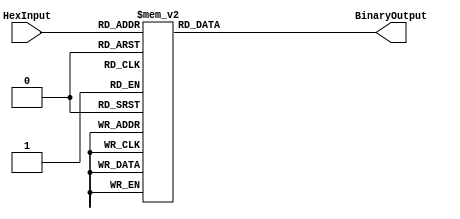
module HexToBinaryEncoder (
    input  wire [3:0] HexInput,    // 4-bit hexadecimal input
    output reg  [15:0] BinaryOutput // 16-bit binary output
);

// Combinational logic to map HexInput to BinaryOutput
always @(*) begin
    case (HexInput)
        4'b0000: BinaryOutput = 16'b0000000000000000; // 0
        4'b0001: BinaryOutput = 16'b0000000000000001; // 1
        4'b0010: BinaryOutput = 16'b0000000000000010; // 2
        4'b0011: BinaryOutput = 16'b0000000000000011; // 3
        4'b0100: BinaryOutput = 16'b0000000000000100; // 4
        4'b0101: BinaryOutput = 16'b0000000000000101; // 5
        4'b0110: BinaryOutput = 16'b0000000000000110; // 6
        4'b0111: BinaryOutput = 16'b0000000000000111; // 7
        4'b1000: BinaryOutput = 16'b0000000000001000; // 8
        4'b1001: BinaryOutput = 16'b0000000000001001; // 9
        4'b1010: BinaryOutput = 16'b0000000000001010; // A
        4'b1011: BinaryOutput = 16'b0000000000001011; // B
        4'b1100: BinaryOutput = 16'b0000000000001100; // C
        4'b1101: BinaryOutput = 16'b0000000000001101; // D
        4'b1110: BinaryOutput = 16'b0000000000001110; // E
        4'b1111: BinaryOutput = 16'b0000000000001111; // F
        default: BinaryOutput = 16'b0000000000000000; // Default case (should not occur)
    endcase
end

endmodule